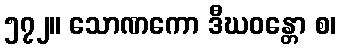
၅၇၂။ သောဏကော ဒီဃဝန္တော စ၊